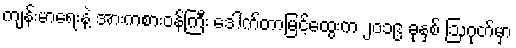
ကျန်းမာရေးနဲ့ အားကစားဝန်ကြီး ဒေါက်တာမြင့်ထွေးက ၂၀၁၉ ခုနှစ် ဩဂုတ်မှာ